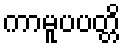
ကာမူပပတ္တိ